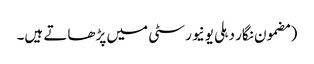
(مضمون نگار دہلی یونیورسٹی میں پڑھاتے ہیں۔